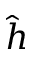
\hat { h }